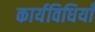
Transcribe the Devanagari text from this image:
कार्यविधियाँ